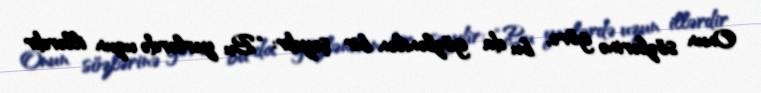
Onun sözlərinə görə, bu da gözlənilən bir şeydir: “Bu yerlərdə uzun illərdir